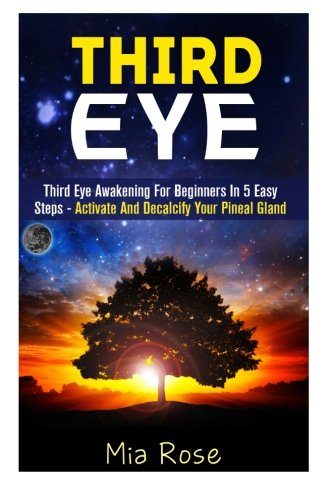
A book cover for Third Eye: Third Eye Awakening For Beginners in 5 Easy Steps - Activate And Decalcify Your Pineal Gland (Third Eye Awakening, Pineal Gland Activation, Open the Third Eye, Crystals); Mia Rose; Health, Fitness & Dieting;